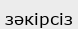
зәкірсіз